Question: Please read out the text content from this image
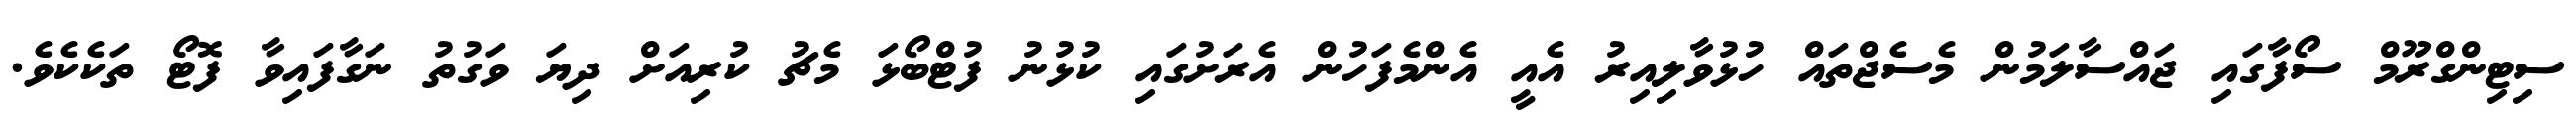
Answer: ސިޓިންގްރޫމް ސޯފާގައި ޖައްސާލަމުން މެސެޖްތައް ހުޅުވާލިއިރު އެއީ އެންމެފަހުން އެރަށުގައި ކުޅުނު ފުޓްބޯޅަ މެޗު ކުރިއަށް ދިޔަ ވަގުތު ނަގާފައިވާ ފޮޓޯ ތަކެކެވެ.